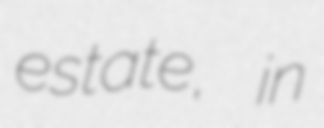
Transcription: estate, in